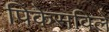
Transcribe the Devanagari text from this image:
पिकेसविले